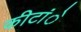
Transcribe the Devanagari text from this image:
कीटांे